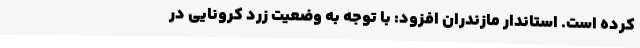
کرده است. استاندار مازندران افزود: با توجه به وضعیت زرد کرونایی در